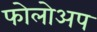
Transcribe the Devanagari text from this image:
फोलोअप